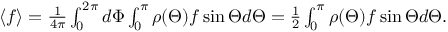
\begin{array} { r } { \langle f \rangle = \frac { 1 } { 4 \pi } \int _ { 0 } ^ { 2 \pi } d \Phi \int _ { 0 } ^ { \pi } \rho ( \Theta ) f \sin \Theta d \Theta = \frac { 1 } { 2 } \int _ { 0 } ^ { \pi } \rho ( \Theta ) f \sin \Theta d \Theta . } \end{array}